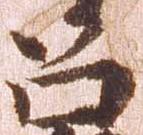
召